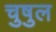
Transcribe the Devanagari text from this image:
चुषुल